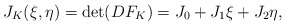
\begin{align*}J_K(\xi,\eta) = \det (DF_K) = J_0 + J_1\xi + J_2\eta,\end{align*}